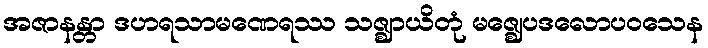
အဇာနန္တာ ဒဟရသာမဏေရဿ သဇ္ဈာယိတုံ မဇ္ဈေပဒလောပဝသေန